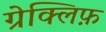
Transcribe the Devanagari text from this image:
ग्रेक्लिफ़